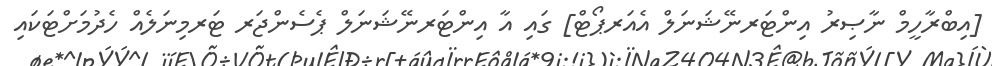
[އިބްރާހީމް ނާޞިރު އިންޓަރނޭޝަނަލް އެއަރޕޯޓް] ގައި އާ އިންޓަރނޭޝަނަލް ޕެސެންޖަރ ޓަރމިނަލެއް ހެދުމަށްޓަކައި